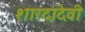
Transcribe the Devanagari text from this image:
शारदादेवी